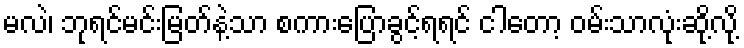
မလဲ၊ ဘုရင်မင်းမြတ်နဲ့သာ စကားပြောခွင့်ရရင် ငါတော့ ဝမ်းသာလုံးဆို့လို့